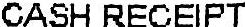
CASH RECEIPT